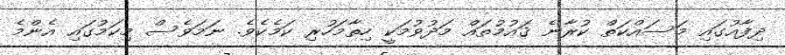
ދިފާއުގައި މަސައްކަތް ކުރާނެ ޤައުމުތައް މަދުވުމަކީ ހިތާމަހުރި ކަމެކެވެ. ނަމަވެސް މިކަމުގައި އެންމެ